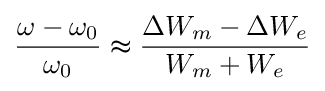
{\frac {\omega -\omega _{0}}{\omega _{0}}}\thickapprox {\frac {\Delta W_{m}-\Delta W_{e}}{W_{m}+W_{e}}}